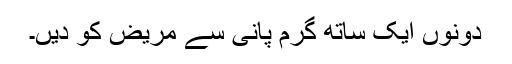
دونوں ایک ساتھ گرم پانی سے مریض کو دیں۔